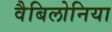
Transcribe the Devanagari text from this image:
वैबिलोनिया